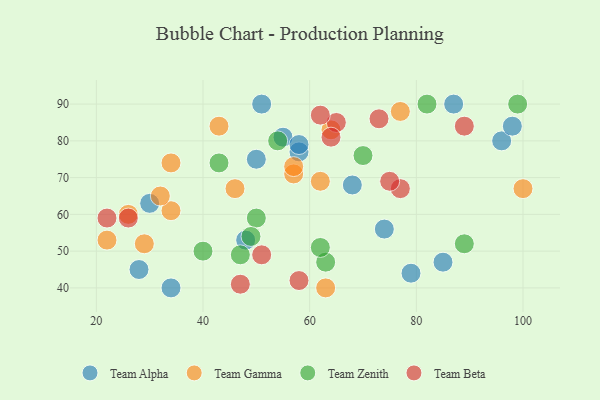
{"axis": {"x": "GDP", "y": "Life Expectancy"}, "legend": ["Team Alpha", "Team Beta", "Team Gamma", "Team Zenith"], "data": [{"x": "96", "y": 80, "type": "Team Alpha"}, {"x": "28", "y": 45, "type": "Team Alpha"}, {"x": "50", "y": 75, "type": "Team Alpha"}, {"x": "34", "y": 40, "type": "Team Alpha"}, {"x": "68", "y": 68, "type": "Team Alpha"}, {"x": "58", "y": 77, "type": "Team Alpha"}, {"x": "48", "y": 53, "type": "Team Alpha"}, {"x": "51", "y": 90, "type": "Team Alpha"}, {"x": "98", "y": 84, "type": "Team Alpha"}, {"x": "55", "y": 81, "type": "Team Alpha"}, {"x": "79", "y": 44, "type": "Team Alpha"}, {"x": "30", "y": 63, "type": "Team Alpha"}, {"x": "87", "y": 90, "type": "Team Alpha"}, {"x": "85", "y": 47, "type": "Team Alpha"}, {"x": "58", "y": 79, "type": "Team Alpha"}, {"x": "74", "y": 56, "type": "Team Alpha"}, {"x": "34", "y": 61, "type": "Team Gamma"}, {"x": "62", "y": 69, "type": "Team Gamma"}, {"x": "63", "y": 40, "type": "Team Gamma"}, {"x": "57", "y": 71, "type": "Team Gamma"}, {"x": "100", "y": 67, "type": "Team Gamma"}, {"x": "43", "y": 84, "type": "Team Gamma"}, {"x": "34", "y": 74, "type": "Team Gamma"}, {"x": "57", "y": 73, "type": "Team Gamma"}, {"x": "64", "y": 83, "type": "Team Gamma"}, {"x": "26", "y": 60, "type": "Team Gamma"}, {"x": "22", "y": 53, "type": "Team Gamma"}, {"x": "77", "y": 88, "type": "Team Gamma"}, {"x": "29", "y": 52, "type": "Team Gamma"}, {"x": "46", "y": 67, "type": "Team Gamma"}, {"x": "32", "y": 65, "type": "Team Gamma"}, {"x": "99", "y": 90, "type": "Team Zenith"}, {"x": "54", "y": 80, "type": "Team Zenith"}, {"x": "70", "y": 76, "type": "Team Zenith"}, {"x": "63", "y": 47, "type": "Team Zenith"}, {"x": "47", "y": 49, "type": "Team Zenith"}, {"x": "40", "y": 50, "type": "Team Zenith"}, {"x": "50", "y": 59, "type": "Team Zenith"}, {"x": "89", "y": 52, "type": "Team Zenith"}, {"x": "49", "y": 54, "type": "Team Zenith"}, {"x": "43", "y": 74, "type": "Team Zenith"}, {"x": "62", "y": 51, "type": "Team Zenith"}, {"x": "82", "y": 90, "type": "Team Zenith"}, {"x": "77", "y": 67, "type": "Team Beta"}, {"x": "73", "y": 86, "type": "Team Beta"}, {"x": "65", "y": 85, "type": "Team Beta"}, {"x": "64", "y": 81, "type": "Team Beta"}, {"x": "26", "y": 59, "type": "Team Beta"}, {"x": "51", "y": 49, "type": "Team Beta"}, {"x": "75", "y": 69, "type": "Team Beta"}, {"x": "22", "y": 59, "type": "Team Beta"}, {"x": "58", "y": 42, "type": "Team Beta"}, {"x": "47", "y": 41, "type": "Team Beta"}, {"x": "62", "y": 87, "type": "Team Beta"}, {"x": "89", "y": 84, "type": "Team Beta"}]}